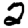
Digit: 2